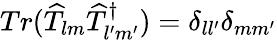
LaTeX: Tr(\widehat{T}_{lm}\widehat{T}_{l^{\prime}m^{\prime}}^{\dagger})=\delta_{ll^{\prime}}\delta_{mm^{\prime}}